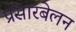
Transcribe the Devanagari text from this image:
प्रसारबेलन